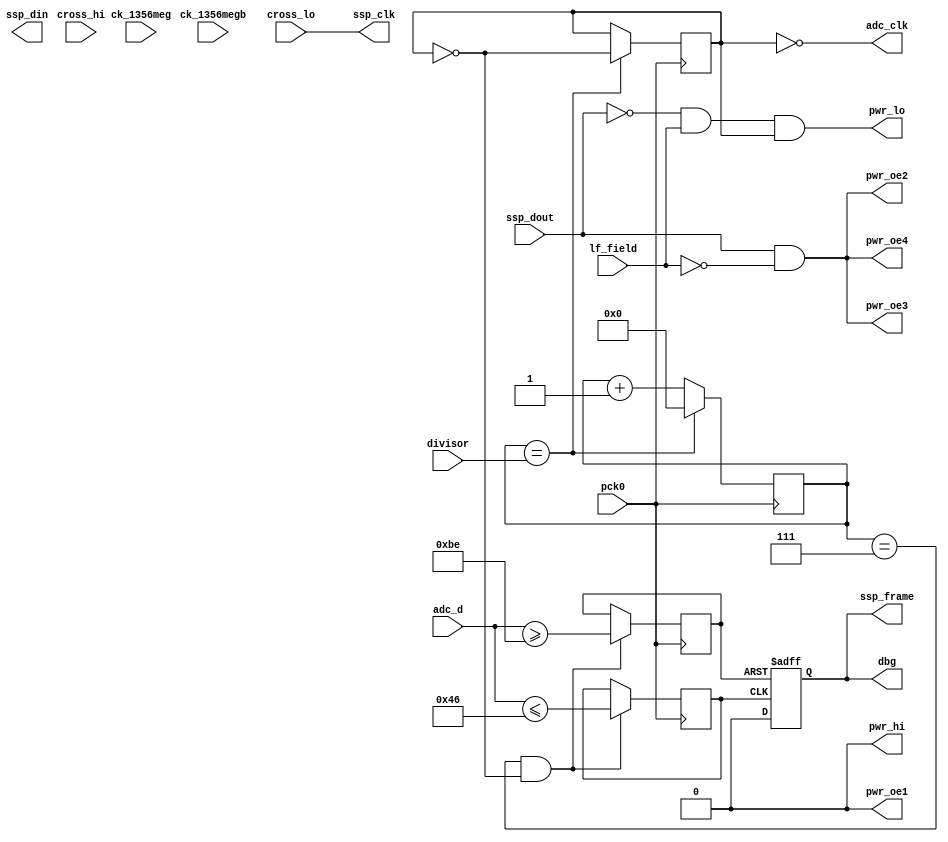
module lo_edge_detect(
    pck0, ck_1356meg, ck_1356megb,
    pwr_lo, pwr_hi, pwr_oe1, pwr_oe2, pwr_oe3, pwr_oe4,
    adc_d, adc_clk,
    ssp_frame, ssp_din, ssp_dout, ssp_clk,
    cross_hi, cross_lo,
    dbg,
	  divisor,
		lf_field
);
    input pck0, ck_1356meg, ck_1356megb;
    output pwr_lo, pwr_hi, pwr_oe1, pwr_oe2, pwr_oe3, pwr_oe4;
    input [7:0] adc_d;
    output adc_clk;
    input ssp_dout;
    output ssp_frame, ssp_din, ssp_clk;
    input cross_hi, cross_lo;
    output dbg;
	  input [7:0] divisor;
		input lf_field;

// Divide the clock to be used for the ADC
reg [7:0] pck_divider;
reg clk_state;

wire tag_modulation; 
assign tag_modulation = ssp_dout & !lf_field;
wire reader_modulation; 
assign reader_modulation = !ssp_dout & lf_field & clk_state;

// No logic, straight through.
assign pwr_oe1 = 1'b0; // not used in LF mode
assign pwr_oe2 = tag_modulation;
assign pwr_oe3 = tag_modulation;
assign pwr_oe4 = tag_modulation;
assign ssp_clk = cross_lo;
assign pwr_lo = reader_modulation;
assign pwr_hi = 1'b0;
assign dbg = ssp_frame;

always @(posedge pck0)
begin
	if(pck_divider == divisor[7:0])
		begin
			pck_divider <= 8'd0;
			clk_state = !clk_state;
		end
	else
	begin
		pck_divider <= pck_divider + 1;
	end
end

assign adc_clk = ~clk_state;

// Toggle the output with hysteresis
//  Set to high if the ADC value is above 200
//  Set to low if the ADC value is below 64
reg is_high;
reg is_low;
reg output_state;

always @(posedge pck0)
begin
	if((pck_divider == 8'd7) && !clk_state) begin
		is_high = (adc_d >= 8'd190);
		is_low = (adc_d <= 8'd70);
	end
end

always @(posedge is_high or posedge is_low)
begin
	if(is_high)
		output_state <= 1'd1;
	else if(is_low)
		output_state <= 1'd0;
end

assign ssp_frame = output_state;

endmodule